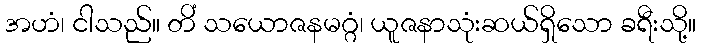
အဟံ၊ ငါသည်။ တိံ သယောဇနမဂ္ဂံ၊ ယူဇနာသုံးဆယ်ရှိသော ခရီးသို့။